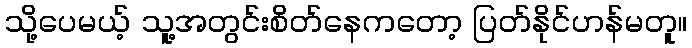
သို့ပေမယ့် သူ့အတွင်းစိတ်နေကတော့ ပြတ်နိုင်ဟန်မတူ။